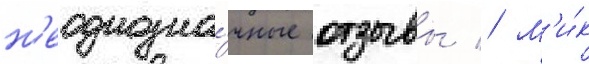
н'еоднозна́чные отзывы // М'и́к